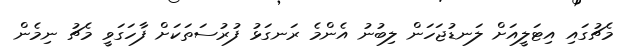
މެޗުގައި އިޓަލީއަށް ލަނޑުޖަހަން ލިބުނު އެންމެ ރަނގަޅު ފުރުސަތަކަށް ފާހަގަވީ މެޗު ނިމެން